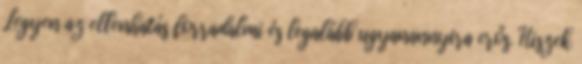
Legyen az ellenhatás forradalmi és legalább ugyanannyira erős. Hiszek